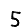
Digit: 5